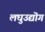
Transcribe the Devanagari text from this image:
लघुउद्यॊग